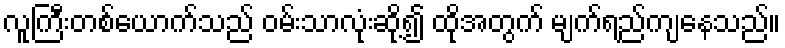
လူကြီးတစ်ယောက်သည် ဝမ်းသာလုံးဆို့၍ ထိုအတွက် မျက်ရည်ကျနေသည်။